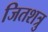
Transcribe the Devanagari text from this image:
जितशत्रु